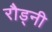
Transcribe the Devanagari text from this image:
रौड्नी